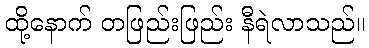
ထို့နောက် တဖြည်းဖြည်း နီရဲလာသည်။